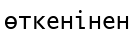
өткенінен